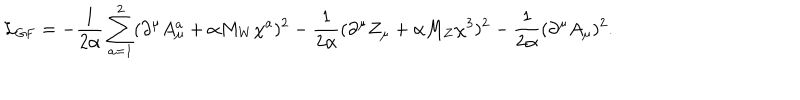
{ \cal L } _ { \mathrm { G F } } = - \frac { 1 } { 2 \alpha } \displaystyle \sum _ { a = 1 } ^ { 2 } ( \partial ^ { \mu } A _ { \mu } ^ { a } + \alpha M _ { W } \chi ^ { a } ) ^ { 2 } - \frac { 1 } { 2 \alpha } ( \partial ^ { \mu } Z _ { \mu } + \alpha M _ { Z } \chi ^ { 3 } ) ^ { 2 } - \frac { 1 } { 2 \alpha } ( \partial ^ { \mu } A _ { \mu } ) ^ { 2 } .